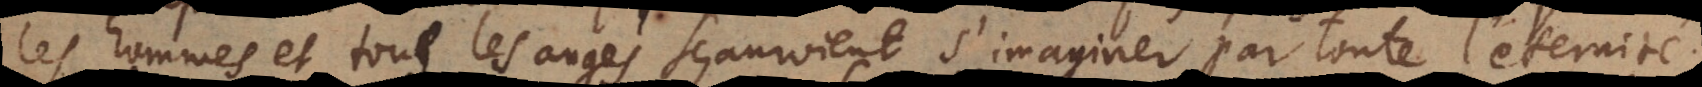
les hommes et tous les anges sçauroient s’imaginer par toute l’eternité.